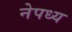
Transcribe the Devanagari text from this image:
नेपध्य